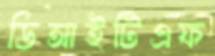
ডিআইটিএফ